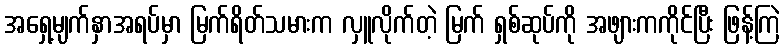
အရှေ့မျက်နှာအရပ်မှာ မြက်ရိတ်သမားက လှူလိုက်တဲ့ မြက် ရှစ်ဆုပ်ကို အဖျားကကိုင်ပြီး ဖြန့်ကြဲ